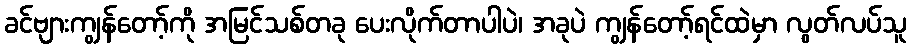
ခင်ဗျားကျွန်တော့်ကို အမြင်သစ်တခု ပေးလိုက်တာပါပဲ၊ အခုပဲ ကျွန်တော့်ရင်ထဲမှာ လွတ်လပ်သူ